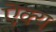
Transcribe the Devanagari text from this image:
ऎक्य